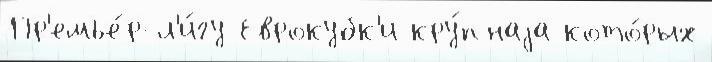
Пр'емье́р-л'и́гу Еврокубк'и кру́пнаjа кото́рых